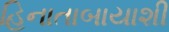
હિનાતાબાયાશી